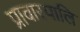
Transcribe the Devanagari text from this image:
प्रावारपालि